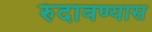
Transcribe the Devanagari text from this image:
रुंदावण्यास